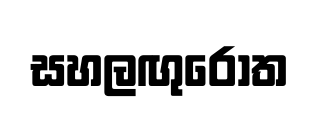
සහලඟුරොත